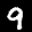
Label: 9